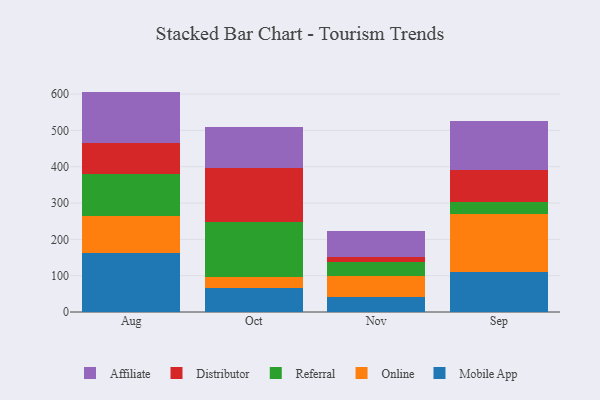
{"axis": {"x": "Month", "y": "Shipments"}, "legend": ["Affiliate", "Distributor", "Mobile App", "Online", "Referral"], "data": [{"x": "Aug", "y": 161.2, "type": "Mobile App"}, {"x": "Aug", "y": 103.7, "type": "Online"}, {"x": "Aug", "y": 115.6, "type": "Referral"}, {"x": "Aug", "y": 85.0, "type": "Distributor"}, {"x": "Aug", "y": 141.3, "type": "Affiliate"}, {"x": "Oct", "y": 67.0, "type": "Mobile App"}, {"x": "Oct", "y": 29.8, "type": "Online"}, {"x": "Oct", "y": 151.7, "type": "Referral"}, {"x": "Oct", "y": 148.1, "type": "Distributor"}, {"x": "Oct", "y": 113.5, "type": "Affiliate"}, {"x": "Nov", "y": 40.9, "type": "Mobile App"}, {"x": "Nov", "y": 57.1, "type": "Online"}, {"x": "Nov", "y": 40.2, "type": "Referral"}, {"x": "Nov", "y": 14.5, "type": "Distributor"}, {"x": "Nov", "y": 70.1, "type": "Affiliate"}, {"x": "Sep", "y": 109.8, "type": "Mobile App"}, {"x": "Sep", "y": 159.1, "type": "Online"}, {"x": "Sep", "y": 33.3, "type": "Referral"}, {"x": "Sep", "y": 89.9, "type": "Distributor"}, {"x": "Sep", "y": 134.6, "type": "Affiliate"}]}